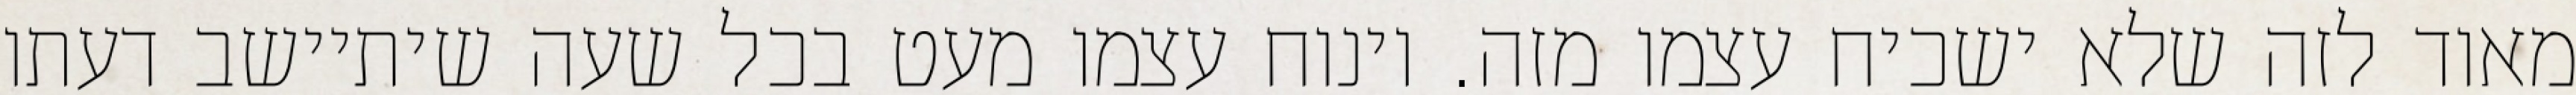
מאוד לזה שלא ישכיח עצמו מזה. וינוח עצמו מעט בכל שעה שיתיישב דעתו